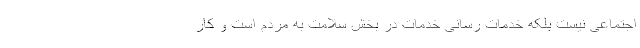
اجتماعی نیست بلکه خدمات رسانی خدمات در بخش سلامت به مردم است و کار